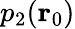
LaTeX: p_{2}(\textbf{r}_{0})